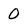
Character: 0